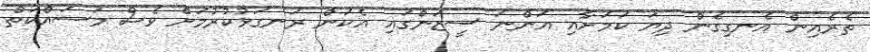
ތެރެއިން އެނގިގެން ދިޔަ ކަމަށާއި އަންނަ ސީޒަންގައި އެކަން ރަނގަޅުކުރުމަށް ވެސް މަސައްކަތް